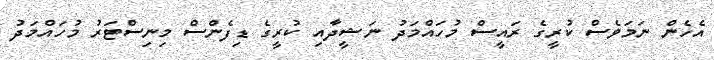
އެހެން ނަމަވެސް ކުރީގެ ރައީސް މުހައްމަދު ނަޝީދާއި ކުރީގެ ޑިފެންސް މިނިސްޓަރު މުހައްމަދު